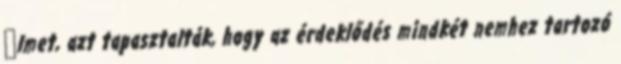
ﬁlmet, azt tapasztalták, hogy az érdeklődés mindkét nemhez tartozó